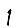
Digit: 1